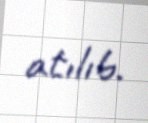
atılıb.